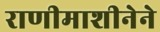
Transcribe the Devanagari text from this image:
राणीमाशीनेने